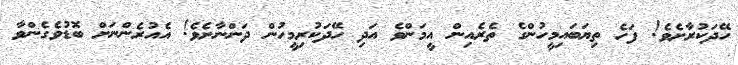
ހޭދަކުރާށެވެ! ފަހެ ތިޔަބައިމީހުންގެ ތެރެއިން އީމަންވެ އަދި ހޭދަކުރިމީހުން ދަންނާށެވެ! އެއުރެންނަށް ބޮޑުވެގެންވާ